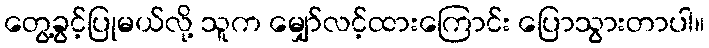
တွေ့ခွင့်ပြုမယ်လို့ သူက မျှော်လင့်ထားကြောင်း ပြောသွားတာပါ။